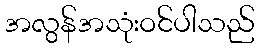
အလွန်အသုံးဝင်ပါသည်